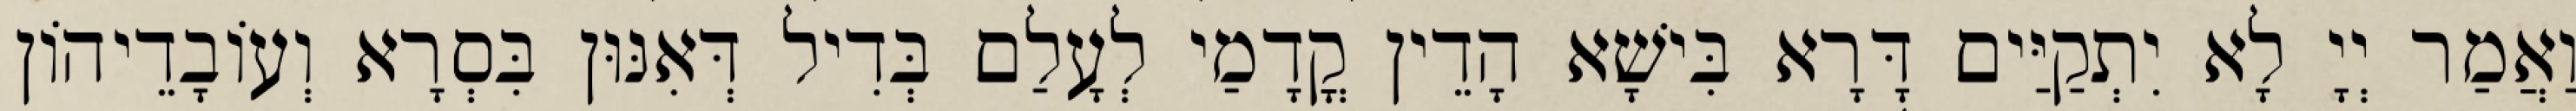
וַאֲמַר יְיָ לָא יִתְקַיַּים דָּרָא בִּישָׁא הָדֵין קֳדָמַי לְעָלַם בְּדִיל דְּאִנּוּן בִּסְרָא וְעוֹבָדֵיהוֹן